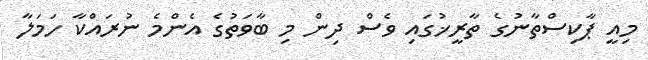
މިއީ ޕާކިސްތާނުގެ ތާރީޚުގައި ވެސް ދިން މި ބާވަތުގެ އެންމެ ނުރައްކާ ހަމަލާ